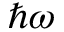
\hbar \omega